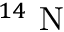
^ { 1 4 } \mathrm { ~ N ~ }